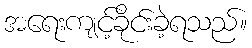
အရေးကျင့်ခိုင်းခဲ့ရသည်။